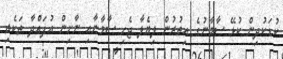
ކުޑަކުދިން ކުޅޭ ސާމާނުގެ އިތުރުން ލިޔެލާ ޖެހި ސާމާނާއި ނާށިން އުފައްދާ ތަކެތި